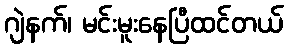
ဂျဲနက်၊ မင်းမူးနေပြီထင်တယ်